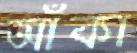
আঁকা